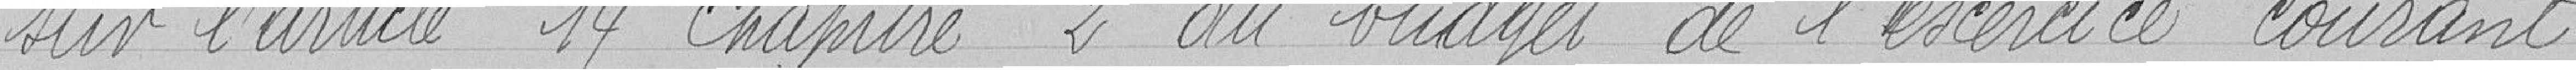
sur l'article 14 chapitre 2 du budget de l'exercice courant.